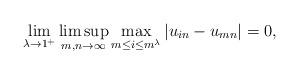
LaTeX: \begin{align*}\lim_{\lambda\to 1^+}\limsup_{m,n\to \infty}\max_{m\leq i\leq m^\lambda}|u_{in}-u_{mn}|=0,\end{align*}